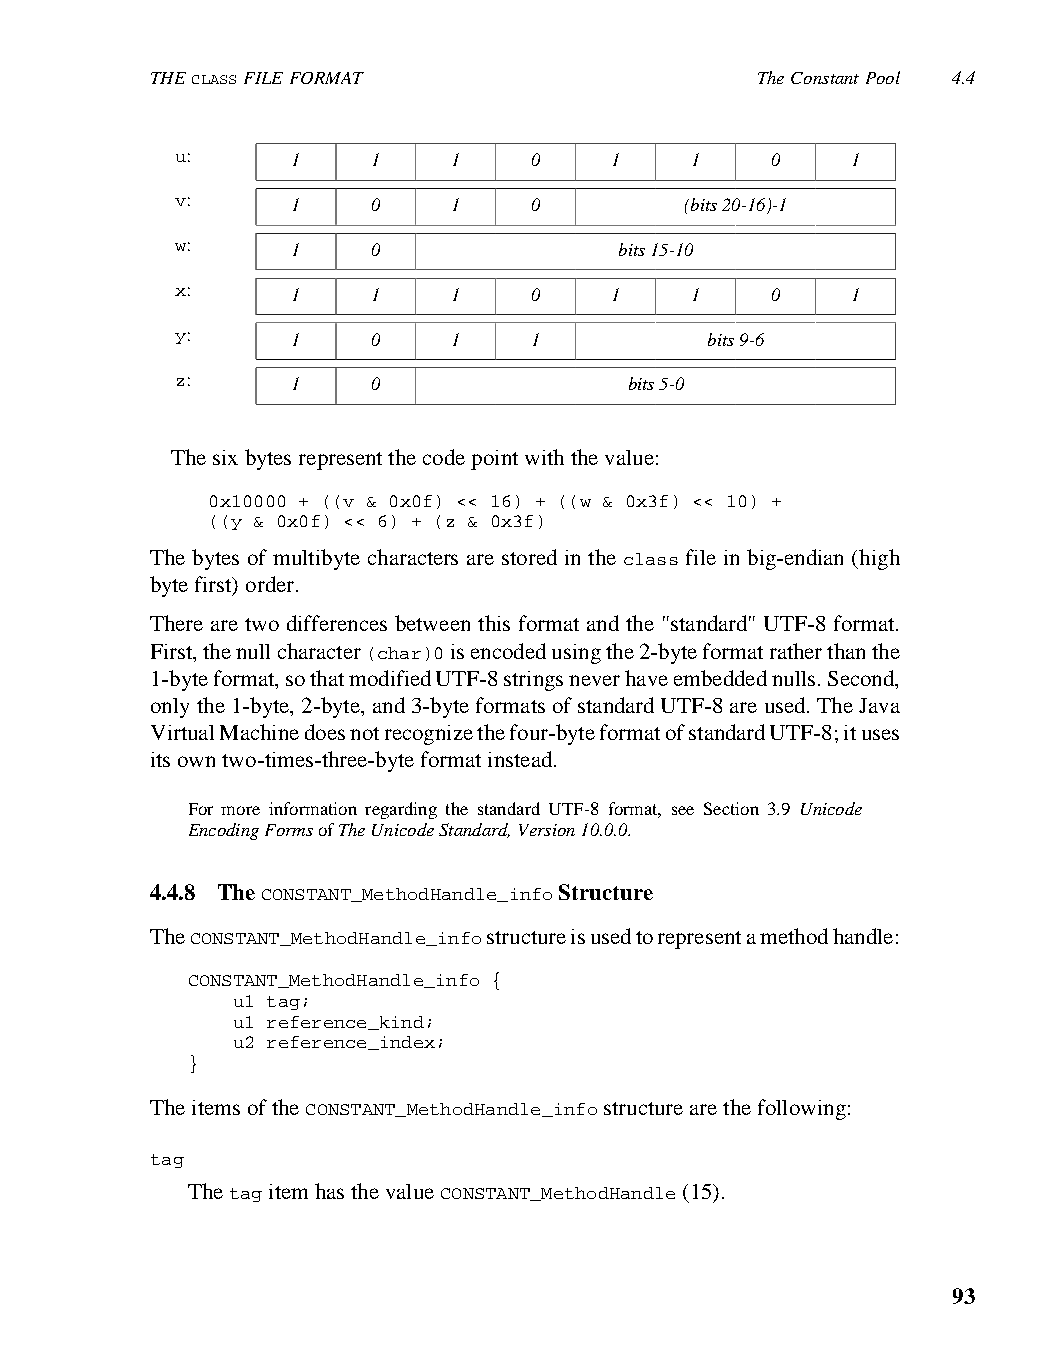
THE CLASS FILE FORMAT                   The Constant Pool 4.4
 u:     1     1    1    0    1     1    0    1
 v:     1     0    1    0         (bits 20-16)-1
 w:     1     0               bits 15-10
 x:     1     1    1    0    1     1    0    1
 y:     1     0    1    1           bits 9-6
 z:     1     0                bits 5-0
 The six bytes represent the code point with the value:
 0x10000 + ((v & 0x0f) << 16) + ((w & 0x3f) << 10) +
 ((y & 0x0f) << 6) + (z & 0x3f)
 The bytes of multibyte characters are stored in the class file in big-endian (high
 byte first) order.
 There are two differences between this format and the "standard" UTF-8 format.
 First, the null character (char)0 is encoded using the 2-byte format rather than the
 1-byte format, so that modified UTF-8 strings never have embedded nulls. Second,
 only the 1-byte, 2-byte, and 3-byte formats of standard UTF-8 are used. The Java
 Virtual Machine does not recognize the four-byte format of standard UTF-8; it uses
 its own two-times-three-byte format instead.
 For more information regarding the standard UTF-8 format, see Section 3.9 Unicode
 Encoding Forms of The Unicode Standard, Version 10.0.0.
 4.4.8 The CONSTANT_MethodHandle_info Structure
 The CONSTANT_MethodHandle_info structure is used to represent a method handle:
 CONSTANT_MethodHandle_info {
 u1 tag;
 u1 reference_kind;
 u2 reference_index;
 }
 The items of the CONSTANT_MethodHandle_info structure are the following:
 tag
 The tag item has the value CONSTANT_MethodHandle (15).
 93